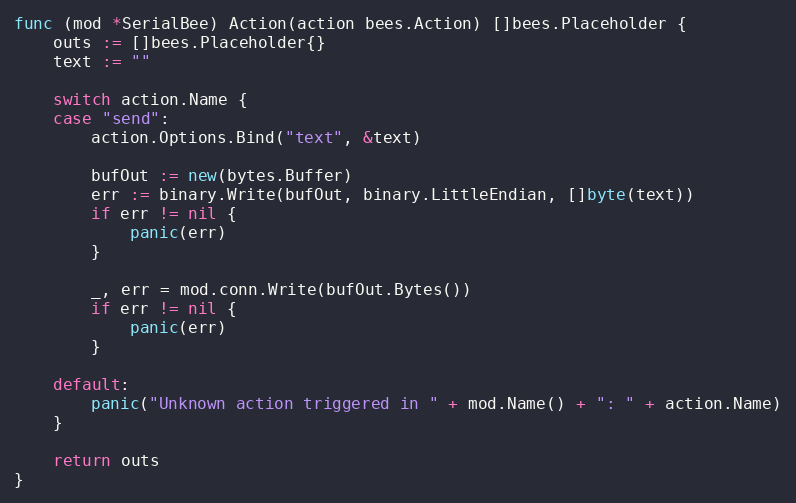
Language: Go
func (mod *SerialBee) Action(action bees.Action) []bees.Placeholder {
	outs := []bees.Placeholder{}
	text := ""

	switch action.Name {
	case "send":
		action.Options.Bind("text", &text)

		bufOut := new(bytes.Buffer)
		err := binary.Write(bufOut, binary.LittleEndian, []byte(text))
		if err != nil {
			panic(err)
		}

		_, err = mod.conn.Write(bufOut.Bytes())
		if err != nil {
			panic(err)
		}

	default:
		panic("Unknown action triggered in " + mod.Name() + ": " + action.Name)
	}

	return outs
}